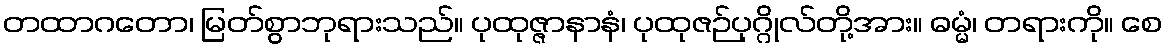
တထာဂတော၊ မြတ်စွာဘုရားသည်။ ပုထုဇ္ဇာနာနံ၊ ပုထုဇဉ်ပုဂ္ဂိုလ်တို့အား။ ဓမ္မံ၊ တရားကို။ စေ